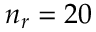
n _ { r } = 2 0